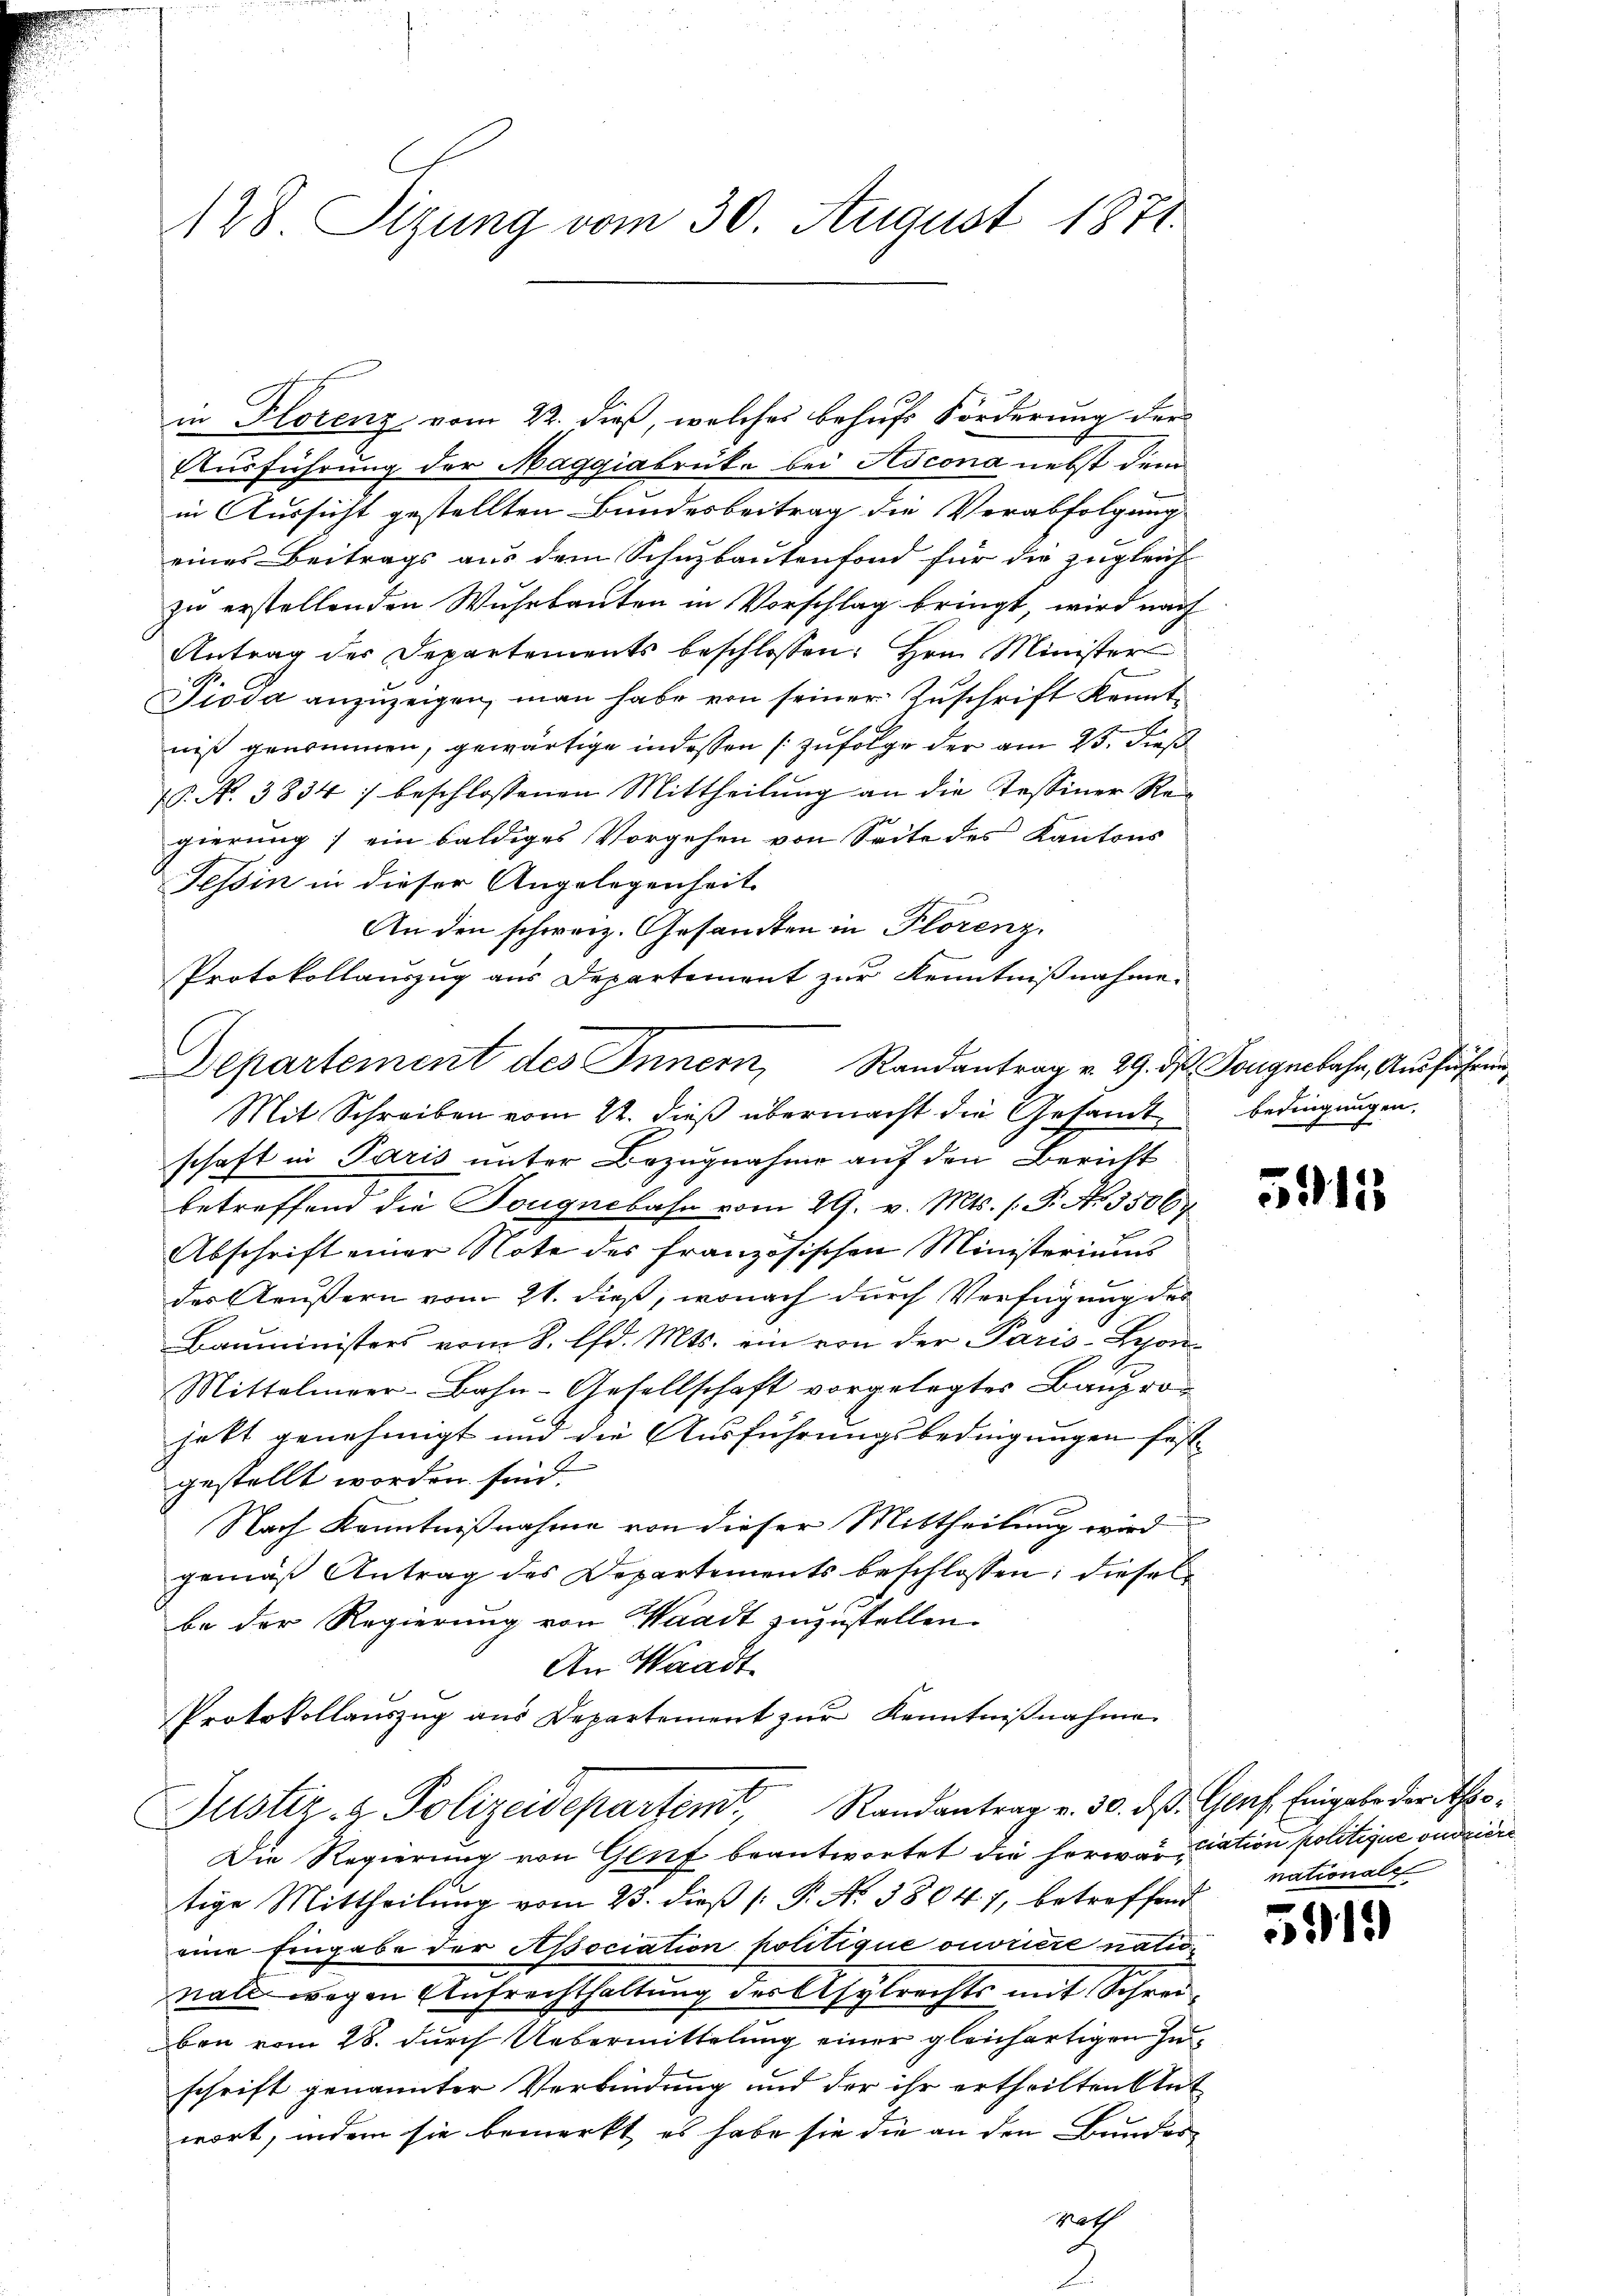
128. Sizung vom 30. August 1871.

in Florenz vom 22. dieß, welches behufs Forderung der
Ausführung der Maggiabrüke bei Ascona nebst dem
in Aussicht gestellten Bundesbeitrag die Verabfolgung
eines Beitrags aus dem Schuzbautenfond für die zugleich
zu erstellenden Wuhrbauten in Vorschlag bringt, wird nach
Antrag des Departements beschlossen: Hrn. Minister
Pioda anzuzeigen, man habe von seiner Zuschrift kenntniß genommen, gewärtige in dessen (zufolge der am 25. dieß
P. N. 3834) beschlossenen Mittheilung an die Tessiner Regierung; ein baldiges Vorgehen von Seite des Kantons
Tessin in dieser Angelegenheit
An den schweiz. Gesandten in Plorenz.
Protokollauszug aus Departement zur Kenntnißnahme.
Mit Schreiben vom 22. dieß übermacht die Gesandtschaft in Paris unter Bezugnahme auf den Bericht
betreffend die Tougnebahn vom 29. v. Mts. (T. No. 3506
Abschrift einer Note des französischen Ministeriums
des Aeußern vom 21. dieß, wonach durch Verfügung des
Bauministers vom 8. lfd. Mts. ein von der Paris-Spon
Mittelmeer-Bahn-Gesellschaft vorgelegtes Baupro-
hatt genehmigt und die Ausführungsbedingungen festgestellt worden sind.
Nach Kenntnißnahme von dieser Mittheilung wird
gemäß Antrag des Departements beschlossen; diesel
be der Regierung von Waadt zuzustellen.
An Waadt
Protokollaŭszŭg aŭs Departement zŭr Kenntnißnahme
Justiz- & Polizeidepartem Randantrag v. 30. d. Graf. Eingabe der theo¬
Die Regierung von Gluf beantwortet die herwariation politique onderiere
tige Mittheilung vom 23. dieß (: P. Nr. 38047, betreffend
eine Eingabe der Association politique ouvriere nationale wegen Aufrechthaltung des Asylrechts mit Schreiben vom 28. durch Uebermittelung einer gleichartigen Inschrift genannter Verbindung und der ihr ertheilten Ant
wort, indem sie bemerkt, es habe sie die an den Bundes¬
Noth

Departement des Innern, Randantrag v. 29. ds. Lorgnebahn, Ausführung

bedingungen,

5915

nationale

e
12